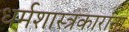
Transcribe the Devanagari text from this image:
धर्मशास्त्रकारांना